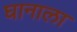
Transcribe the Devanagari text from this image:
घानाला